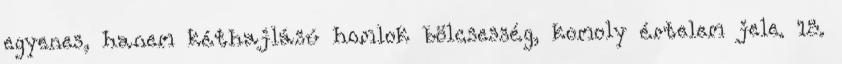
egyenes, hanem kéthajlású homlok bölcsesség, komoly értelem jele. 15.